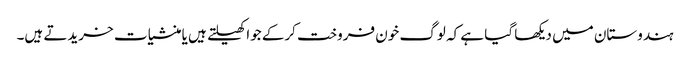
ہندوستان میں دیکھا گیا ہے کہ لوگ خون فروخت کرکے جوا کھیلتے ہیں یا منشیات خریدتے ہیں۔